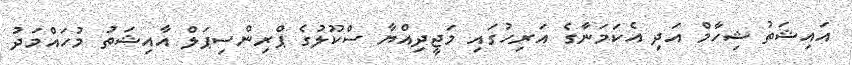
އައިޝަތު ޝިހާމް އަދި އެކަމަނާގެ އަރިހުގައި މަޖީދިއްޔާ ސްކޫލުގެ ޕްރިންސިޕަލް އާއިޝަތު މުހައްމަދު